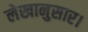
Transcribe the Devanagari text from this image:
लेखानुसार।